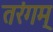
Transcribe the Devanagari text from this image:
तरंगम्